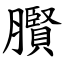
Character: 臔